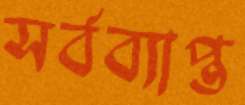
সর্বব্যাপ্ত